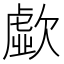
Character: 歔